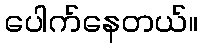
ပေါက်နေတယ်။